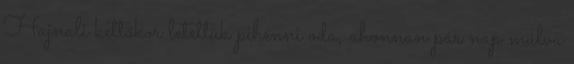
Hajnali kettőkor letettük pihenni oda, ahonnan pár nap múlva